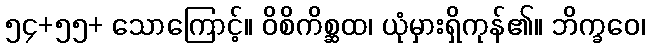
၅၄+၅၅+ သောကြောင့်။ ဝိစိကိစ္ဆထ၊ ယုံမှားရှိကုန်၏။ ဘိက္ခဝေ၊